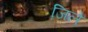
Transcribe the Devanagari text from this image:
जि़ले